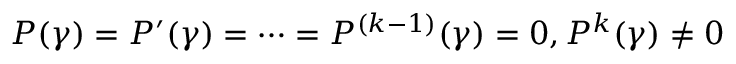
P ( \gamma ) = P ^ { \prime } ( \gamma ) = \cdots = P ^ { ( k - 1 ) } ( \gamma ) = 0 , P ^ { k } ( \gamma ) \neq 0